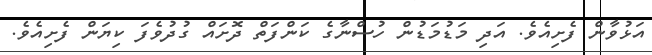
އަޅުވާން ފެށިއެވެ. އަދި މަޑުމަޑުން ހުސްނާގެ ކަންފަތް ދޮށައް ގުދުވެފަ ކިޔަން ފެށިއެވެ.